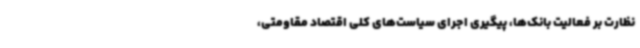
نظارت بر فعالیت بانک‌ها، پیگیری اجرای سیاست‌های کلی اقتصاد مقاومتی،